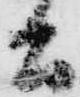
公